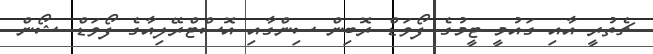
ޗެތުރީ އާއި ގައުމީ ޓީމުގެ ފޯވަޑް ރޮބިން ސިންގާއި އޮސްޓްރޭލިއާގެ ފޯވަޑް ޝޯން